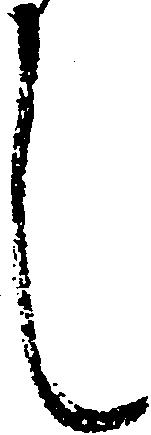
し